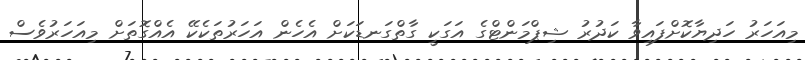
މިއަހަރު ހަދިޔާކޮށްފައިވާ ކަދުރު ޝިޕްމަންޓްގެ އަގަކީ ގާތްގަނޑަކަށް އެހެން އަހަރުތަކެކޭ އެއްގޮތަށް މިއަހަރުވެސް